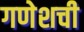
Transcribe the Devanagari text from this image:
गणेशची